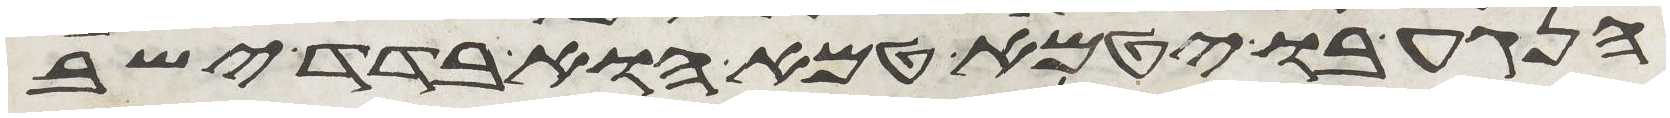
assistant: הנגע בו יטמא טמא הוא בדד ישב